Vaccine operations Central Provinces & Berar 1912-1920 - 1912-1920
Year: 1912
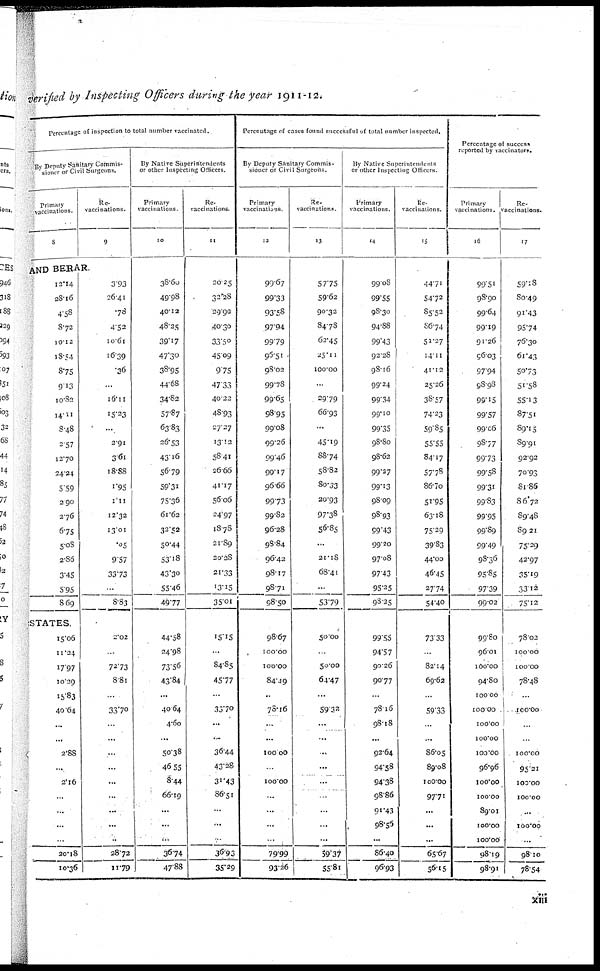
verified by Inspecting Officers during the year 1911-12.
Percentage of inspection to total number vaccinated.
By Deputy Sanitary Commis¬
sioner or Civil Surgeons.
Primary
vaccinations.
8
Re¬
vaccinations.
9
AND BERAR.
12.14
28.16
4.58
8.72
10.12
18.54
8.75
9.13
10.82
14.11
8.48
2.57
12.70
24.24
5.59
2.90
2.76
6.75
5.08
2.86
3.45
5.95
8.69
STATES.
15.06
11.24
17.97
10.29
15.83
40.64
...
...
2.88
...
2.16
...
...
...
...
20.18
10.36
3.93
26.41
.78
4.52
10.61
16.39
.36
...
16.11
15.23
...
2.91
3.61
18.88
1.95
1.11
12.32
13.01
.05
9.57
33.73
...
8.83
2.02
...
72.73
8.81
...
33.70
...
...
...
...
...
...
...
...
...
28.72
11.79
By Native Superintendents
or other Inspecting Officers.
Primary
vaccinations.
10
38.60
49.98
40.12
48.25
39.17
47.30
38.95
44.68
34.82
57.87
63.83
26.53
43.16
56.79
59.31
75.36
61.62
32.52
50.44
53.18
43.30
55.46
49.77
44.58
24.98
73.56
43.84
...
40.64
4.60
...
50.38
46.55
8.44
66.19
...
...
...
36.74
47.88
Re¬
vaccinations.
11
20.25
32.28
29.90
40.30
33.50
45.09
9.75
47.33
40.22
48.93
27.27
13.12
58.41
26.66
41.17
56.06
24.97
18.78
21.89
20.28
21.33
13.15
35.01
15.15
...
84.85
45.77
...
33.70
...
...
36.44
43.28
31.43
86.51
...
...
...
36.93
35.29
Percentage of cases found successful of total number inspected.
By Deputy Sanitary Commis-
sioner or Civil Surgeons.
Primary
vaccinations.
12
99.67
99.33
93.88
97.94
99.79
96.51
98.02
99.78
99.65
98.95
99.08
99.26
99.46
99.17
96.66
99.73
99.82
96.28
98.84
96.42
98.17
98.71
98.50
98.67
100.00
100.00
84.49
...
78.16
...
...
100.00
...
100.00
...
...
...
...
79.99
93.26
Re¬
vaccinations.
13
57.75
59.62
90.32
84.78
62.45
25.11
100.00
...
29.79
66.93
...
45.19
88.74
58.82
80.33
20.93
97.38
56.85
...
21.18
68.41
...
53.79
50.00
...
50.00
64.47
...
59.32
...
...
...
...
...
...
...
...
...
59.37
55.81
By Native Superintendents
or other Inspecting Officers.
Primary
vaccinations.
14
99.08
99.55
98.30
94.88
99.43
92.28
98.16
99.24
99.34
99.10
99.35
98.80
98.62
99.27
99.13
98.09
98.93
99.43
99.20
97.08
97.43
95.25
98.25
99.55
94.57
90.26
90.77
...
78.16
98.18
...
92.64
94.58
94.38
98.86
91.43
98.56
...
86.40
96.93
Re¬
vaccinations.
15
44.71
54.72
85.52
86.74
51.27
14.11
41.12
25.26
38.57
74.23
59.85
55.55
84.17
57.78
86.70
51.95
63.18
75.29
39.83
44.00
46.45
27.74
54.40
73.33
...
82.14
69.62
...
59.33
...
...
86.05
89.08
100.00
97.71
...
...
...
65.67
56.15
Percentage of success
reported by vaccinators.
Primary
vaccinations.
16
99.51
98.90
99.64
99.19
91.26
96.03
97.94
98.98
99.15
99.57
99.06
98.77
99.73
99.58
99.31
99.83
99.95
99.89
99.49
98.36
95.85
97.39
99.02
99.80
96.01
100.00
94.80
100.00
100.00
100.00
100.00
100.00
96.96
100.00
100.00
89.01
100.00
100.00
98.19
98.91
Re¬
vaccinations.
17
59.18
80.49
91.43
95.74
76.30
61.43
50.73
51.58
55.13
87.51
89.15
89.91
92.92
70.93
81.86
86.72
89.48
89.21
75.29
42.97
35.19
33.12
75.12
78.02
100.00
100.00
78.48
...
100.00
100.00
95.21
100.00
100.00
...
100.00
...
98.10
78.54
xiii